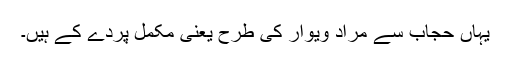
یہاں حجاب سے مراد ویوار کی طرح یعنی مکمل پردے کے ہیں۔